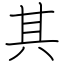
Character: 其